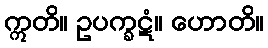
ဣတိ။ ဥပက္ခဋံ။ ဟောတိ။